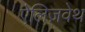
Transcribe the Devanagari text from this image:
ऐलिज़वेथ